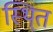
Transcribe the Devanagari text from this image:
स्थि्त